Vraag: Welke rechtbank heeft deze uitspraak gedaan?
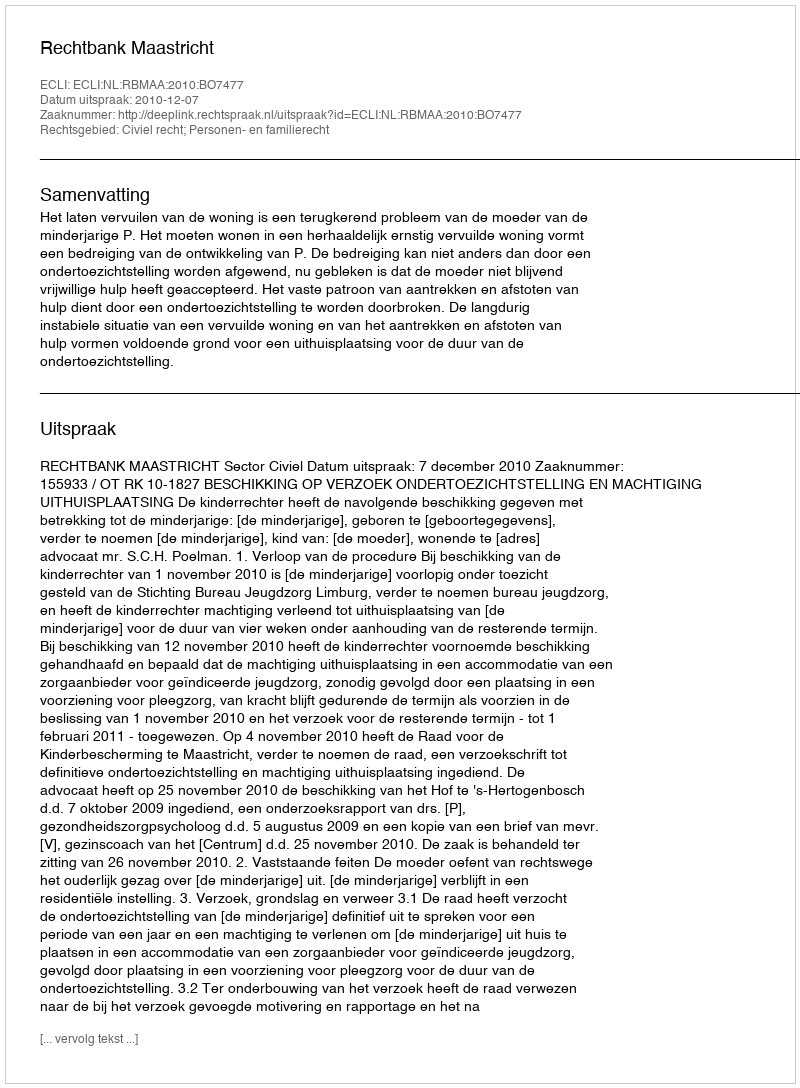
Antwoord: Rechtbank Maastricht